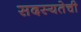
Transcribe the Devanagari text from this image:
सदस्यतेची